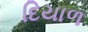
દિયાળ